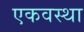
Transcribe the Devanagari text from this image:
एकवस्था